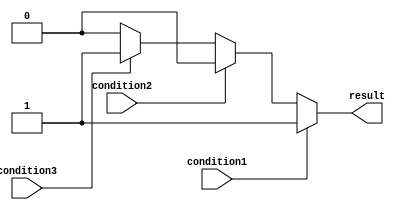
module multi_if_else (
    input wire condition1,
    input wire condition2,
    input wire condition3,
    output reg result
);

always @* begin
    if (condition1) begin
        result = 1;
    end else if (condition2) begin
        result = 2;
    end else if (condition3) begin
        result = 3;
    end else begin
        result = 0;
    end
end

endmodule